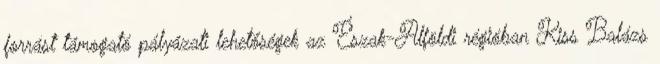
forrást támogató pályázati lehetőségek az Észak-Alföldi régióban Kiss Balázs